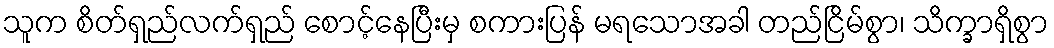
သူက စိတ်ရှည်လက်ရှည် စောင့်နေပြီးမှ စကားပြန် မရသောအခါ တည်ငြိမ်စွာ၊ သိက္ခာရှိစွာ